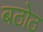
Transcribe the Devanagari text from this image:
बठोठ